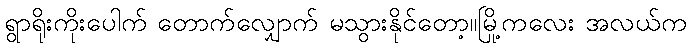
ရွာရိုးကိုးပေါက် တောက်လျှောက် မသွားနိုင်တော့။မြို့ကလေး အလယ်က